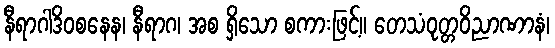
နီရာဂါဒိဝစနေန၊ နီရာဂ၊ အစ ရှိသော စကားဖြင့်။ တေသံဝုတ္တဝိညာဏာနံ၊